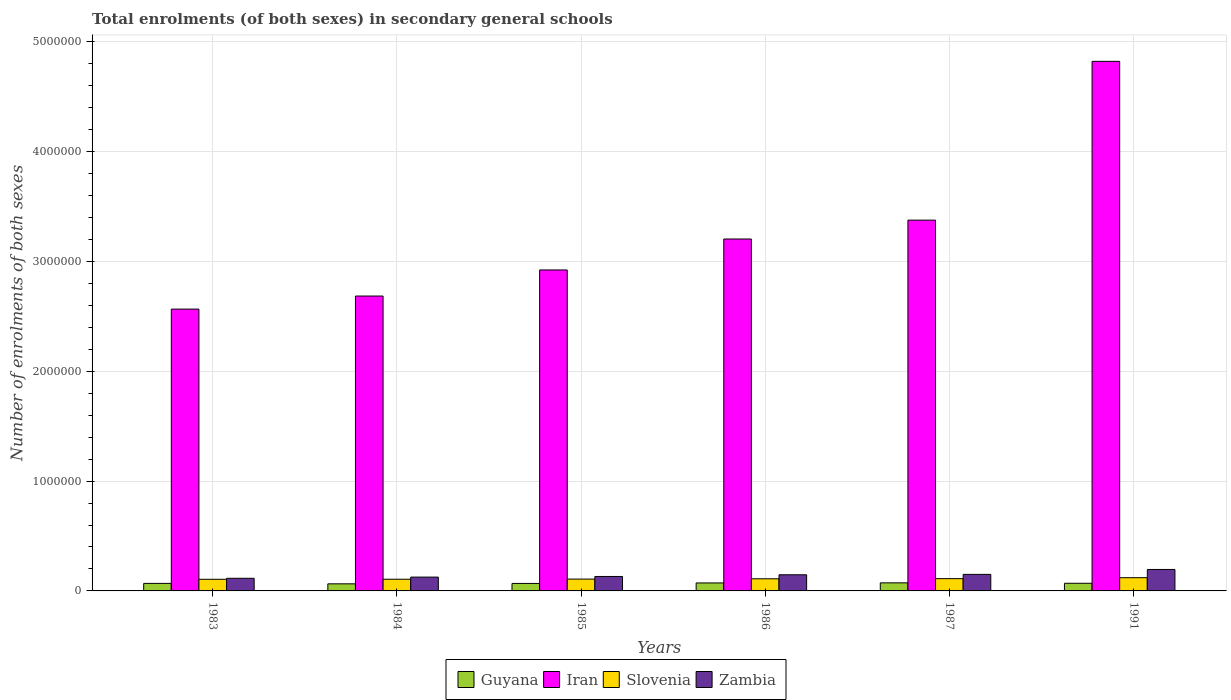
| Years | Guyana | Iran | Slovenia | Zambia |
 | --- | --- | --- | --- | --- |
 | 1983 | 6.86e+04 | 2.57e+06 | 1.06e+05 | 1.15e+05 |
 | 1984 | 6.45e+04 | 2.69e+06 | 1.06e+05 | 1.26e+05 |
 | 1985 | 6.82e+04 | 2.92e+06 | 1.08e+05 | 1.32e+05 |
 | 1986 | 7.27e+04 | 3.2e+06 | 1.1e+05 | 1.47e+05 |
 | 1987 | 7.34e+04 | 3.38e+06 | 1.12e+05 | 1.51e+05 |
 | 1991 | 6.97e+04 | 4.82e+06 | 1.2e+05 | 1.95e+05 |